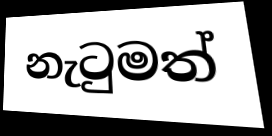
නැටුමත්